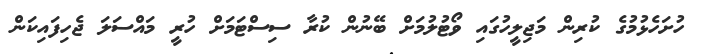
ހުށަހެޅުމުގެ ކުރިން މަޖިލީހުގައި ވޯޓުލުމަށް ބޭނުން ކުރާ ސިސްޓަމަށް ހުރީ މައްސަލަ ޖެހިފައިކަން